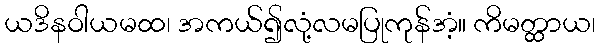
ယဒိနဝါယမထ၊ အကယ်၍လုံ့လမပြုကုန်အံ့။ ကိမတ္ထာယ၊